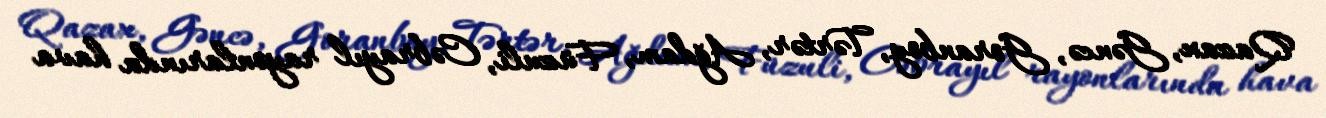
Qazax, Gəncə, Goranboy, Tərtər, Ağdam, Füzuli, Cəbrayıl rayonlarında hava